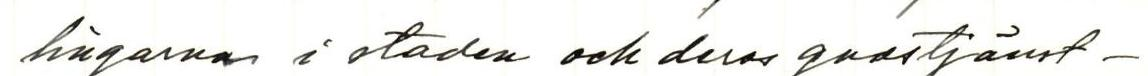
lingarna i staden och deras gudstjänst-